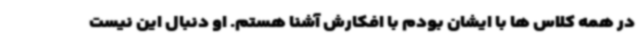
در همه کلاس ها با ایشان بودم با افکارش آشنا هستم. او دنبال این نیست